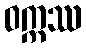
ဝက္ကဿ